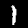
Digit: 1